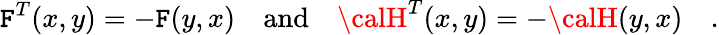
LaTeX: {\cal\mathtt{F}}^{T}(x,y)=-{\cal\mathtt{F}}(y,x)\quad\mathrm{{and}}\quad{\calH}^{T}(x,y)=-{\calH}(y,x)\quad.